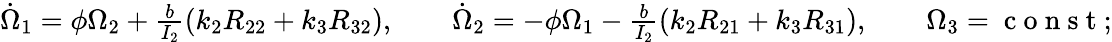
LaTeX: \begin{array}{r}{\dot{\Omega}_{1}=\phi\Omega_{2}+\frac{b}{I_{2}}(k_{2}R_{22}+k_{3}R_{32}),\qquad\dot{\Omega}_{2}=-\phi\Omega_{1}-\frac{b}{I_{2}}(k_{2}R_{21}+k_{3}R_{31}),\qquad\Omega_{3}=\mathrm{~c~o~n~s~t~};}\end{array}